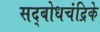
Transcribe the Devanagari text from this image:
सद्बोधचंद्रिके